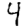
Digit: 4